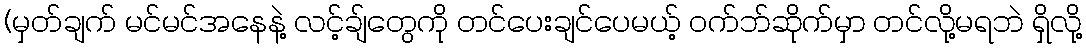
(မှတ်ချက် မင်မင်အနေနဲ့ လင့်ချ်တွေကို တင်ပေးချင်ပေမယ့် ဝက်ဘ်ဆိုက်မှာ တင်လို့မရဘဲ ရှိလို့